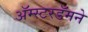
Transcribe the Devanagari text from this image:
अॅम्स्टरडॅमने